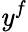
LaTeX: \mathit{y}^{f}